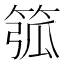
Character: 𥮰